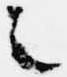
之